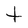
Character: t